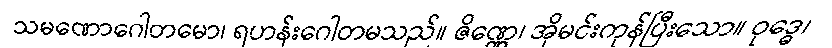
သမဏောဂေါတမော၊ ရဟန်းဂေါတမသည်။ ဇိဏ္ဏေ၊ အိုမင်းကုန်ပြီးသော။ ဝုဒ္ဓေ၊